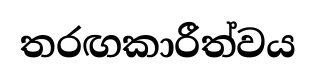
තරඟකාරීත්වය